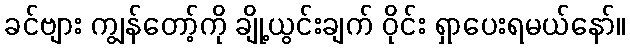
ခင်ဗျား ကျွန်တော့်ကို ချို့ယွင်းချက် ဝိုင်း ရှာပေးရမယ်နော်။